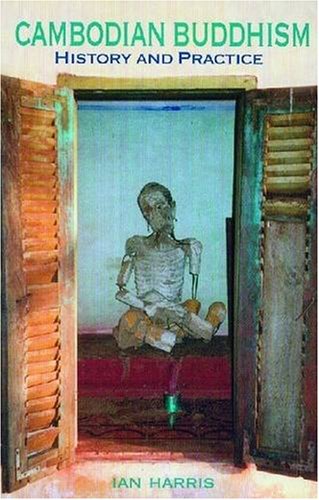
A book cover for Cambodian Buddhism: History and Practice; Ian Harris; Religion & Spirituality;